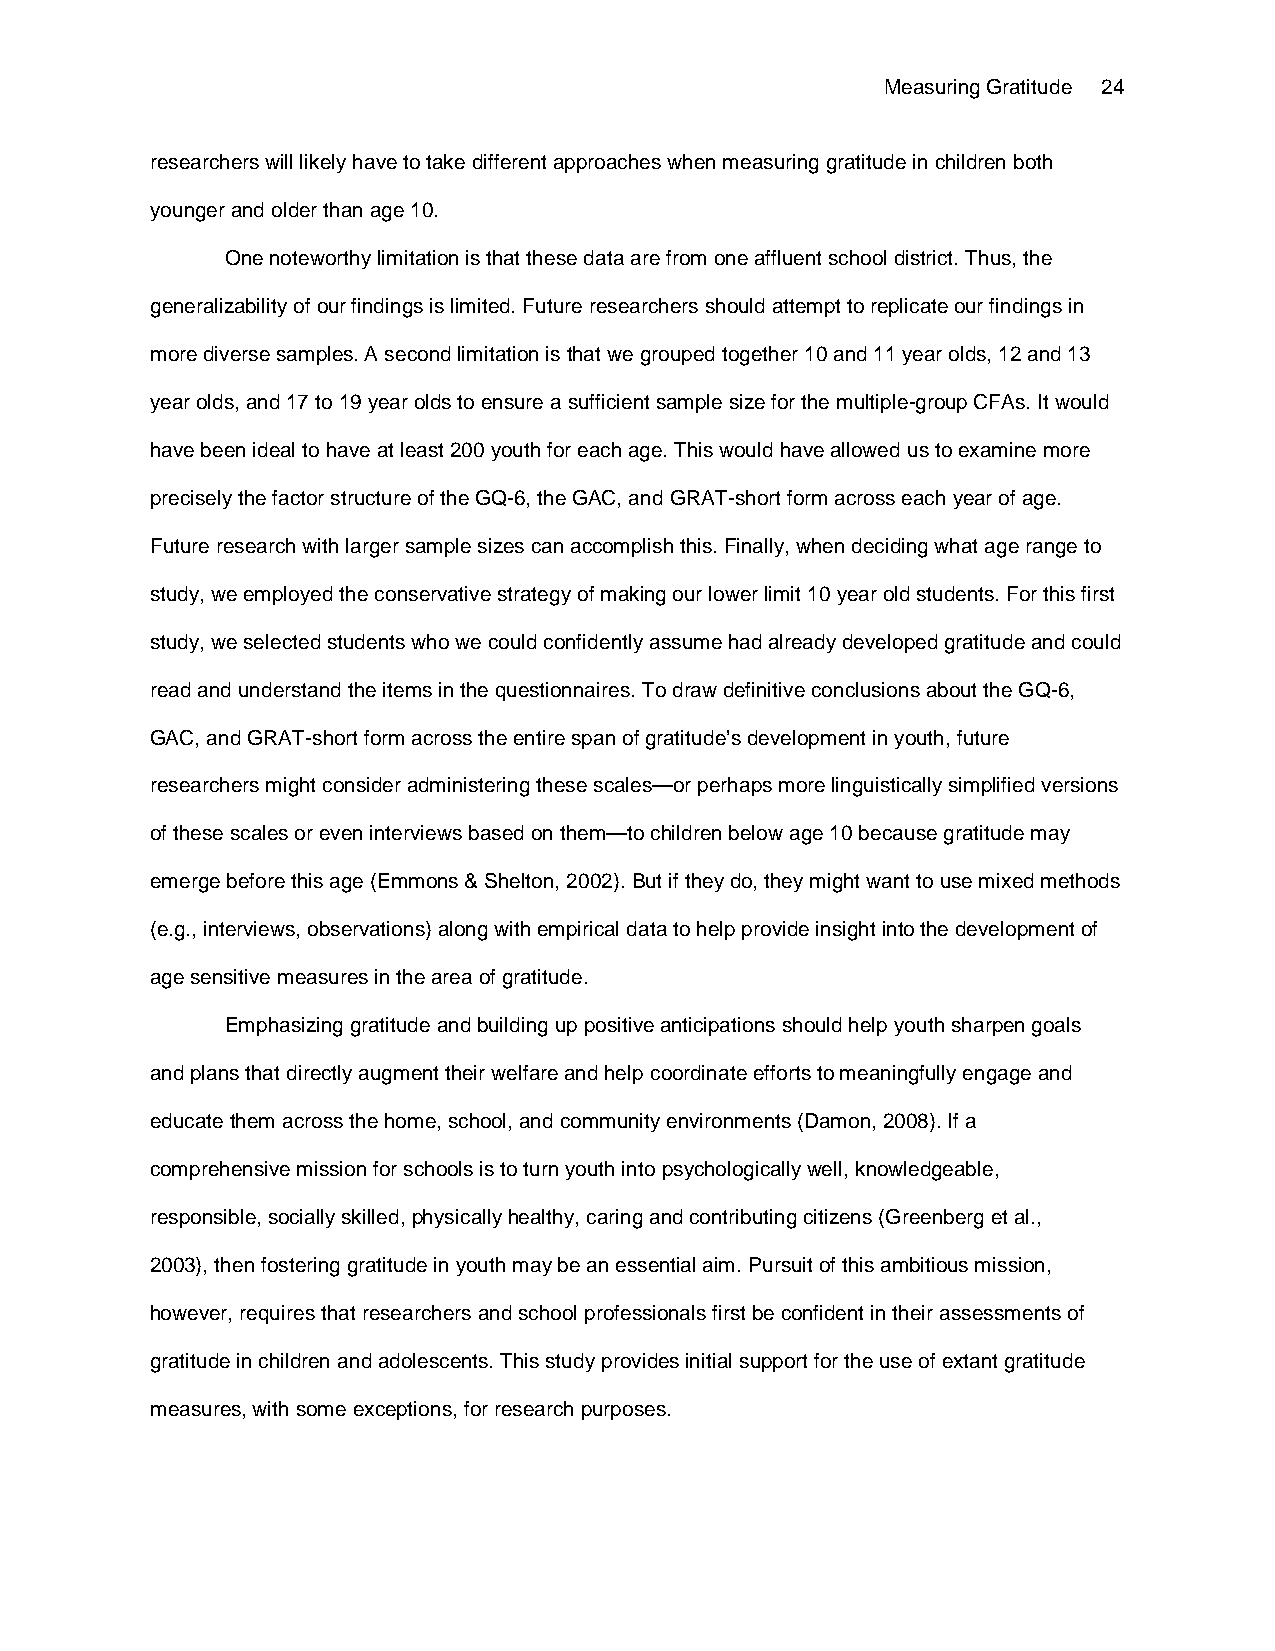
Measuring Gratitude 24
 researchers will likely have to take different approaches when measuring gratitude in children both
 younger and older than age 10.
 One noteworthy limitation is that these data are from one affluent school district. Thus, the
 generalizability of our findings is limited. Future researchers should attempt to replicate our findings in
 more diverse samples. A second limitation is that we grouped together 10 and 11 year olds, 12 and 13
 year olds, and 17 to 19 year olds to ensure a sufficient sample size for the multiple-group CFAs. It would
 have been ideal to have at least 200 youth for each age. This would have allowed us to examine more
 precisely the factor structure of the GQ-6, the GAC, and GRAT-short form across each year of age.
 Future research with larger sample sizes can accomplish this. Finally, when deciding what age range to
 study, we employed the conservative strategy of making our lower limit 10 year old students. For this first
 study, we selected students who we could confidently assume had already developed gratitude and could
 read and understand the items in the questionnaires. To draw definitive conclusions about the GQ-6,
 GAC, and GRAT-short form across the entire span of gratitude’s development in youth, future
 researchers might consider administering these scales—or perhaps more linguistically simplified versions
 of these scales or even interviews based on them—to children below age 10 because gratitude may
 emerge before this age (Emmons & Shelton, 2002). But if they do, they might want to use mixed methods
 (e.g., interviews, observations) along with empirical data to help provide insight into the development of
 age sensitive measures in the area of gratitude.
 Emphasizing gratitude and building up positive anticipations should help youth sharpen goals
 and plans that directly augment their welfare and help coordinate efforts to meaningfully engage and
 educate them across the home, school, and community environments (Damon, 2008). If a
 comprehensive mission for schools is to turn youth into psychologically well, knowledgeable,
 responsible, socially skilled, physically healthy, caring and contributing citizens (Greenberg et al.,
 2003), then fostering gratitude in youth may be an essential aim. Pursuit of this ambitious mission,
 however, requires that researchers and school professionals first be confident in their assessments of
 gratitude in children and adolescents. This study provides initial support for the use of extant gratitude
 measures, with some exceptions, for research purposes.